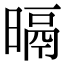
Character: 㬏